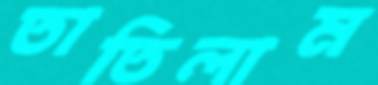
তাতিলাম